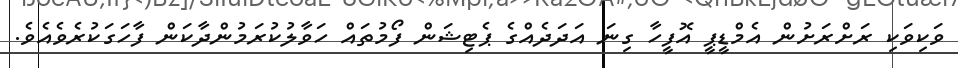
ވަކިވަކި ރަށްރަށުން އެމްޑީޕީ އޮފީހާ ގިނަ އަދަދެއްގެ ޕެޓިޝަން ފޯމުތައް ހަވާލުކުރަމުންދާކަން ފާހަގަކުރެވެއެވެ.